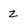
Character: Z